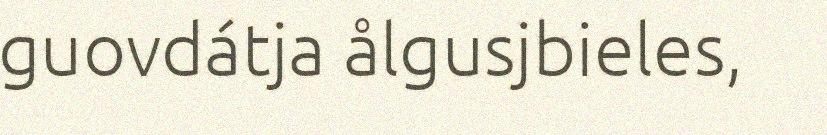
guovdátja ålgusjbieles,